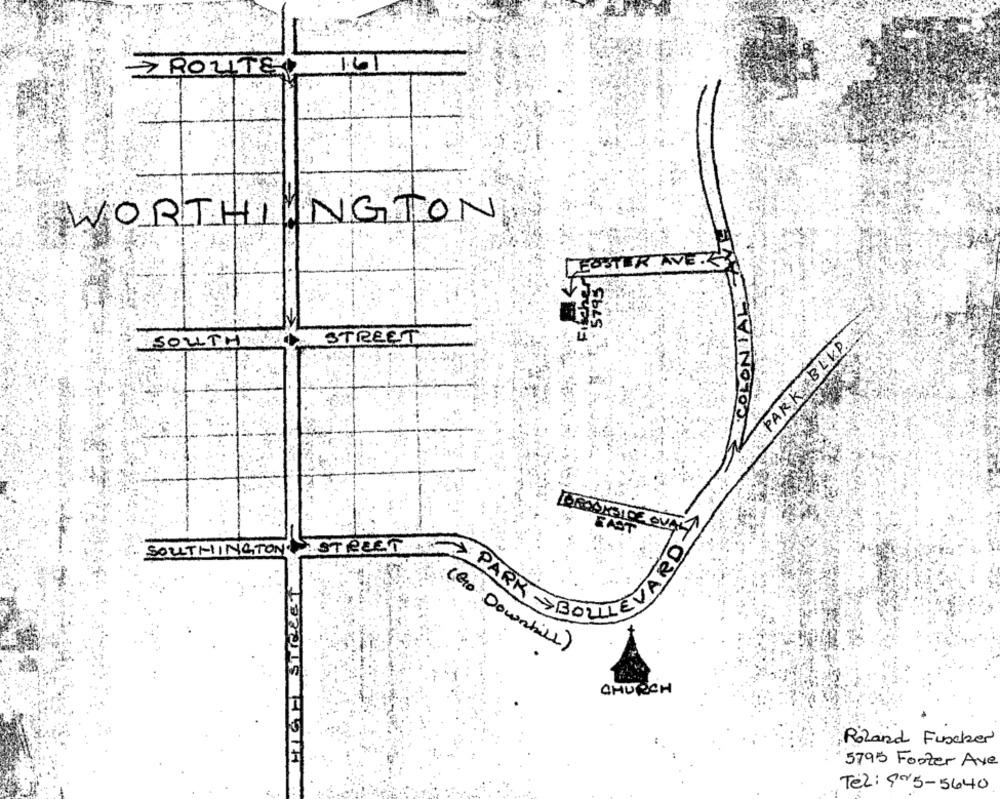
> ROUTE
1.61
WORTHINGTON
R.AVE.
5795
SOUTH
STREET
PARK BLKP.
VINO10
LUMAMBICE OVAL
FAST
SOUTHINGTONSTREET
PARK BOLLI
(Go Downhill)
CHURCH
Roland Fischer
5795 Footer Ave
Tel: 905-5640